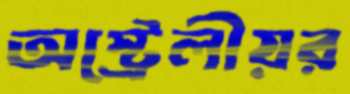
অস্ট্রেলীয়র